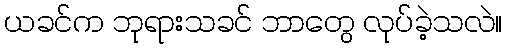
ယခင်က ဘုရားသခင် ဘာတွေ လုပ်ခဲ့သလဲ။